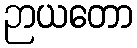
ဉာယတော